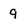
Character: 9